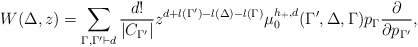
\begin{align*}W(\Delta,z)=\sum_{\Gamma,\Gamma^{\prime}\vdash d}\frac{d!}{|C_{\Gamma^{\prime}}|} z^{d+l(\Gamma^{\prime})-l(\Delta)-l(\Gamma)}\mu_{0}^{h_+,d}(\Gamma^{\prime},\Delta,\Gamma)p_{\Gamma}\frac{\partial}{\partial p_{\Gamma^{\prime}}},\end{align*}